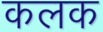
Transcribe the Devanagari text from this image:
कलक